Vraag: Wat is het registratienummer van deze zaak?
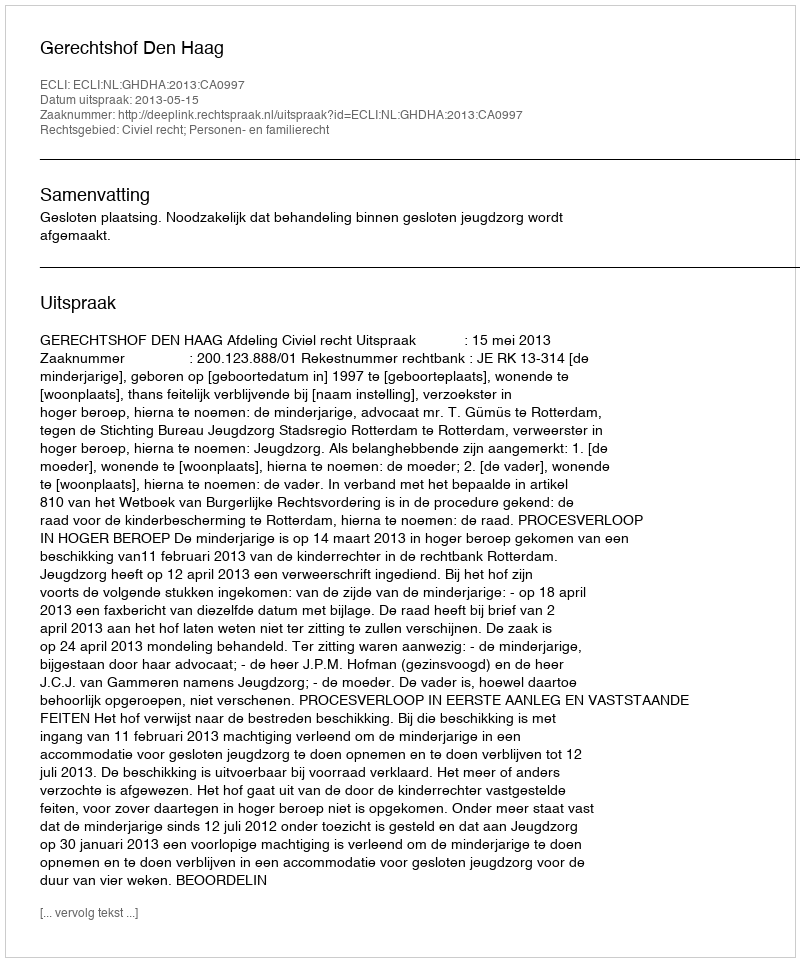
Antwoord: http://deeplink.rechtspraak.nl/uitspraak?id=ECLI:NL:GHDHA:2013:CA0997